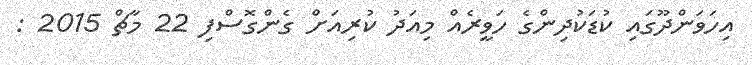
އިހަވަންދޫގައި ކުޑަކުދިންގެ ހަވީރެއް މިއަދު ކުރިއަށް ގެންގޮސްފި 22 މާޗް 2015 :